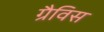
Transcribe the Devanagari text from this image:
ग्रैविस